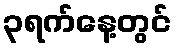
၃ရက်နေ့တွင်